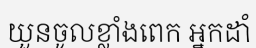
យួនចូលខ្លាំងពេក អ្នកដាំ